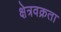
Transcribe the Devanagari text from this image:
क्षेत्रवक्रता